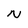
Character: N